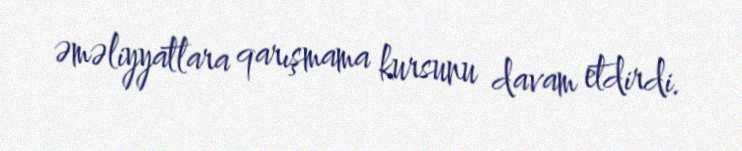
əməliyyatlara qarışmama kursunu davam etdirdi.